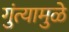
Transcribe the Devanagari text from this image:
गुंत्यामुळे